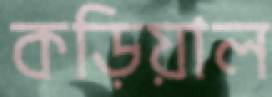
কড়িয়াল